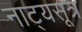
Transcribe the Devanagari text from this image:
नाट्यसूत्र